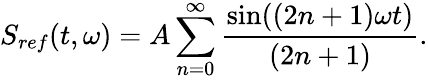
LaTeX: S_{ref}(t,\omega)=A\sum_{n=0}^{\infty}\frac{\sin((2n+1)\omega t)}{(2n+1)}.